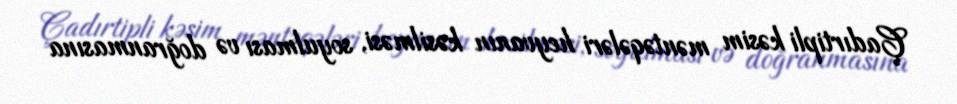
Çadırtipli kəsim məntəqələri heyvanın kəsilməsi, soyulması və doğranmasına